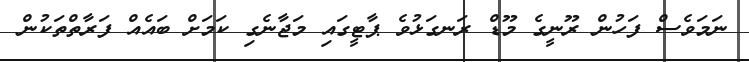
ނަމަވެސް ފަހުން ރޫނީގެ މޫޑް ރަނގަޅުވެ ޕާޓީގައި މަޖާނެގި ކަމަށް ބައެއް ފަރާތްތަކުން